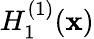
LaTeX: H_{1}^{(1)}(\mathbf{x})